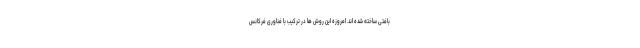
بافتی ساخته شده اند. امروزه این روش ها در ترکیب با فناوری فرکانس